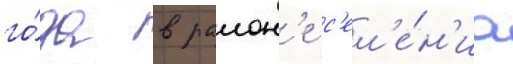
го́да в раион'е с'ел'е́н'иа